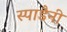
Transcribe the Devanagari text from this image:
स्पाडैनी